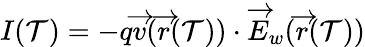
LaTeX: I(\mathcal{T})=-q\overrightarrow{{v}}(\overrightarrow{{r}}(\mathcal{T}))\cdot\overrightarrow{{E}}_{w}(\overrightarrow{{r}}(\mathcal{T}))